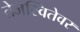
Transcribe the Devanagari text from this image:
तेजस्वितेवर